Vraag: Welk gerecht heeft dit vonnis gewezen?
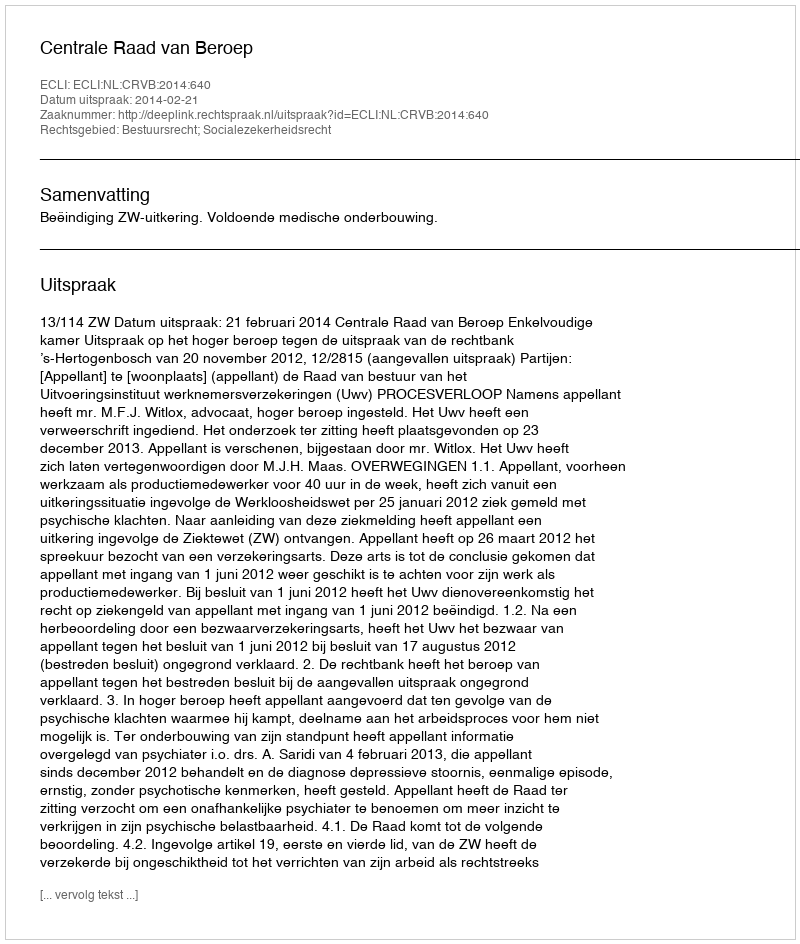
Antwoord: Centrale Raad van Beroep